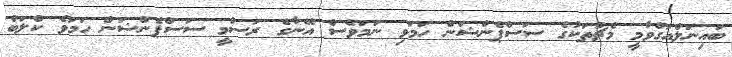
ބައިނަލްއަގްވާމީ މެޗުތަކުގެ ސަސްޕެންޝަން ހަމަވި ނަމަވެސް އޭނާގެ ރަސްމީ ސަސްޕެންޝަން ހަމަވެ ކްލަބް